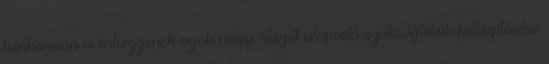
bárhonnan is érkezzenek azok nagy részét alapvető szükségleteik kielégítésére